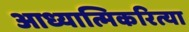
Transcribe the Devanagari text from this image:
आध्यात्मिकरित्या